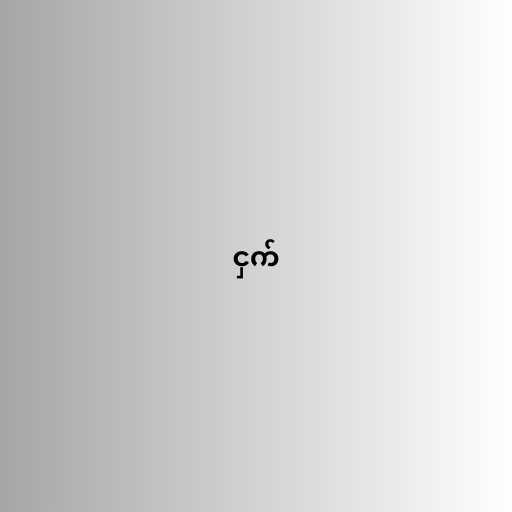
ငှက်